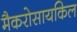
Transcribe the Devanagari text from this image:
मैकरोसायकिल